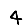
Digit: 4